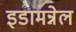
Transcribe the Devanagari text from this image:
इडामन्नेल